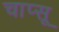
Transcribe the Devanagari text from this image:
चाप्सू